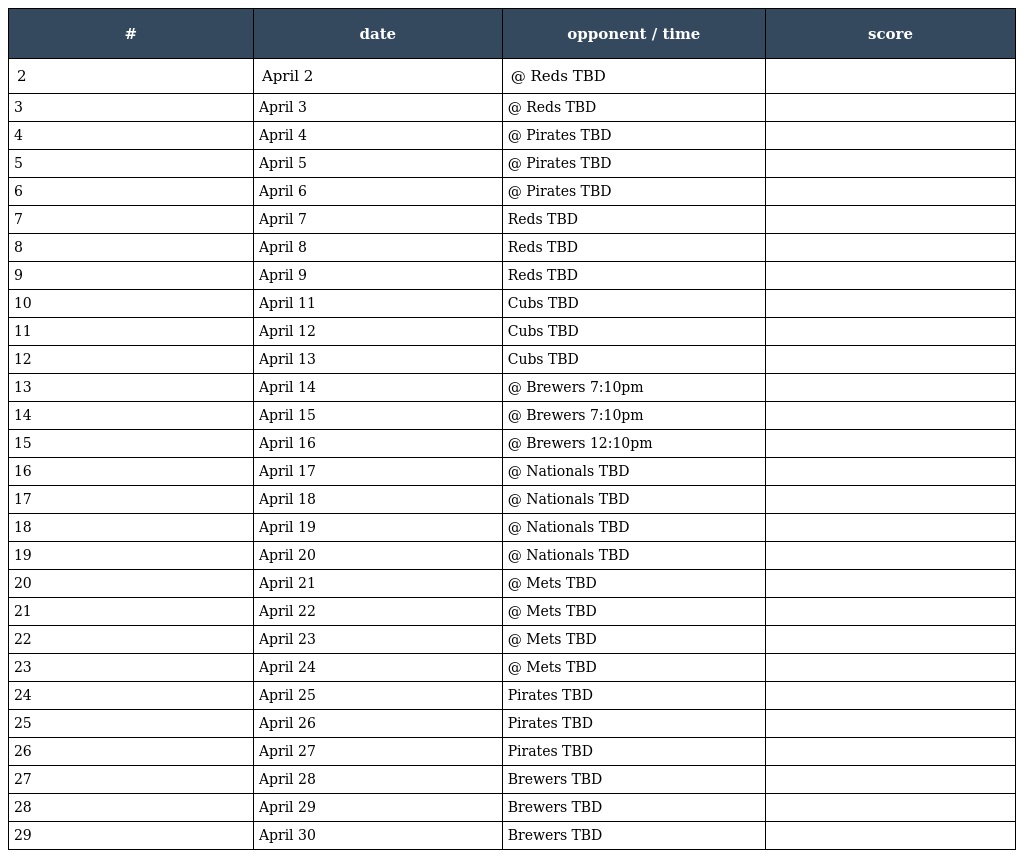
| # | date | opponent / time | score |
 | --- | --- | --- | --- |
 | 2 | April 2 | @ Reds TBD |  |
 | 3 | April 3 | @ Reds TBD |  |
 | 4 | April 4 | @ Pirates TBD |  |
 | 5 | April 5 | @ Pirates TBD |  |
 | 6 | April 6 | @ Pirates TBD |  |
 | 7 | April 7 | Reds TBD |  |
 | 8 | April 8 | Reds TBD |  |
 | 9 | April 9 | Reds TBD |  |
 | 10 | April 11 | Cubs TBD |  |
 | 11 | April 12 | Cubs TBD |  |
 | 12 | April 13 | Cubs TBD |  |
 | 13 | April 14 | @ Brewers 7:10pm |  |
 | 14 | April 15 | @ Brewers 7:10pm |  |
 | 15 | April 16 | @ Brewers 12:10pm |  |
 | 16 | April 17 | @ Nationals TBD |  |
 | 17 | April 18 | @ Nationals TBD |  |
 | 18 | April 19 | @ Nationals TBD |  |
 | 19 | April 20 | @ Nationals TBD |  |
 | 20 | April 21 | @ Mets TBD |  |
 | 21 | April 22 | @ Mets TBD |  |
 | 22 | April 23 | @ Mets TBD |  |
 | 23 | April 24 | @ Mets TBD |  |
 | 24 | April 25 | Pirates TBD |  |
 | 25 | April 26 | Pirates TBD |  |
 | 26 | April 27 | Pirates TBD |  |
 | 27 | April 28 | Brewers TBD |  |
 | 28 | April 29 | Brewers TBD |  |
 | 29 | April 30 | Brewers TBD |  |